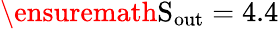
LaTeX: \ensuremath\mathrm{{S}}_{\mathrm{out}}=4.4